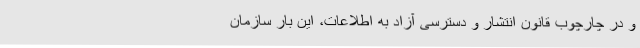
و در چارچوب قانون انتشار و دسترسی آزاد به اطلاعات، این بار سازمان